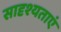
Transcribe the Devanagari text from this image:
सादृश्यताएं